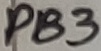
Text: PB3